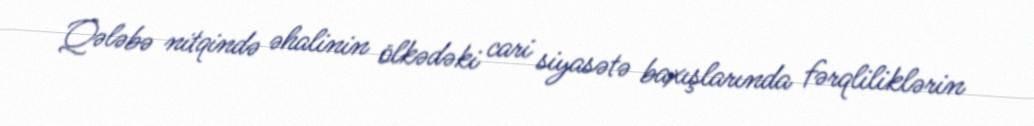
Qələbə nitqində əhalinin ölkədəki cari siyasətə baxışlarında fərqliliklərin